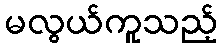
မလွယ်ကူသည့်